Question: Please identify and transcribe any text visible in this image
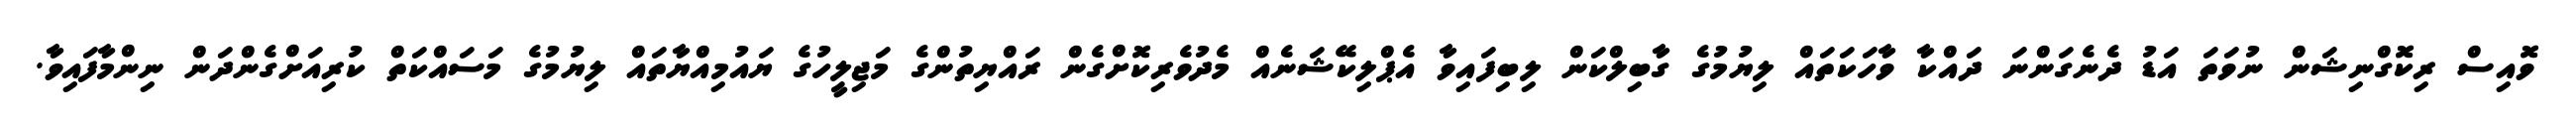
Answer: ވޮއިސް ރިކޮގްނިޝަން ނުވަތަ އަޑު ދެނެގަންނަ ދައްކާ ވާހަކަތައް ލިޔުމުގެ ގާބިލްކަން ލިބިފައިވާ އެޕްލިކޭޝަނެއް މެދުވެރިކޮށްގެން ރައްޔިތުންގެ މަޖިލީހުގެ ޔައުމިއްޔާތައް ލިޔުމުގެ މަސައްކަތް ކުރިއަށްގެންދަން ނިންމާފައިވާ.